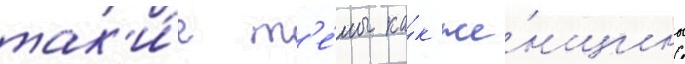
так'и́е т'е́мы ка́к же́нщины